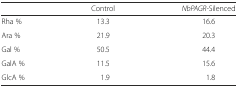
|  | Control | NbPAGR-Silenced |
 | --- | --- | --- |
 | Rha % | 13.3 | 16.6 |
 | Ara % | 21.9 | 20.3 |
 | Gal % | 50.5 | 44.4 |
 | GalA % | 11.5 | 15.6 |
 | GlcA % | 1.9 | 1.8 |